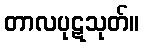
တာလပုဋသုတ်။